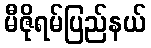
မီဇိုရမ်ပြည်နယ်